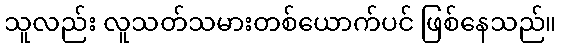
သူလည်း လူသတ်သမားတစ်ယောက်ပင် ဖြစ်နေသည်။